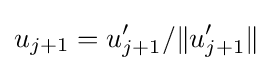
u_{j+1}=u_{j+1}'/\|u_{j+1}'\|